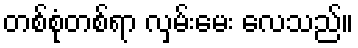
တစ်စုံတစ်ရာ လှမ်းမေး လေသည်။